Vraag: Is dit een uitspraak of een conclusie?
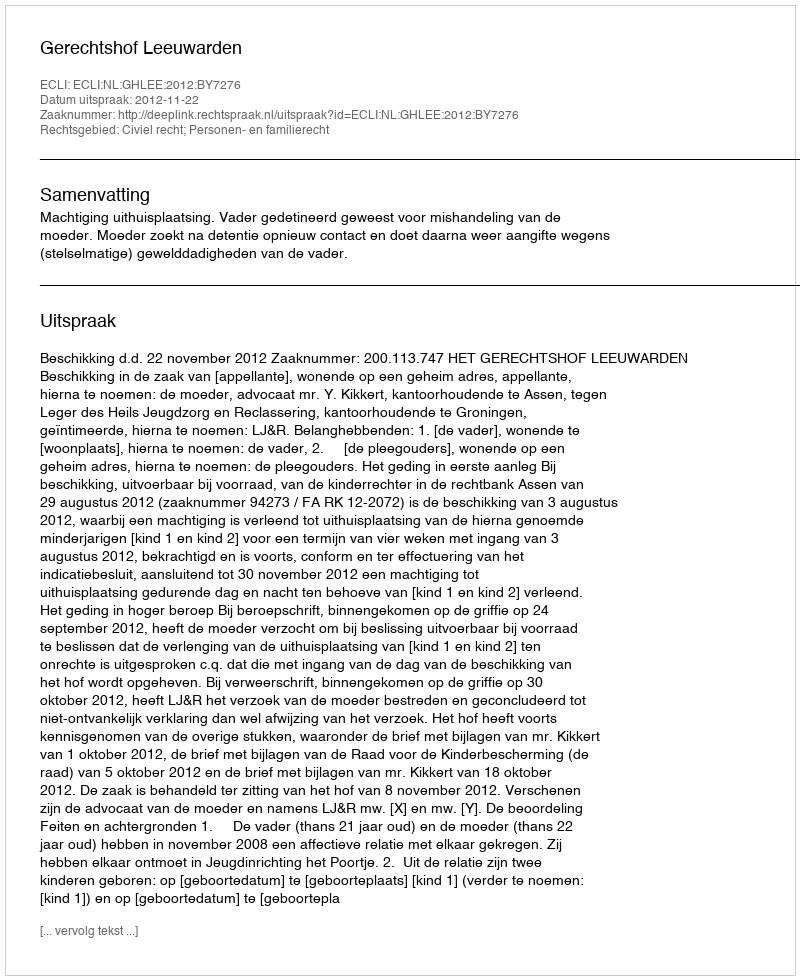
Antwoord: Uitspraak